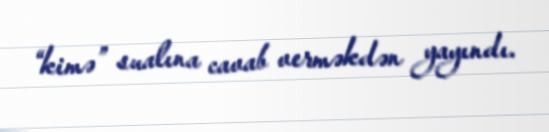
“kimə” sualına cavab verməkdən yayındı.